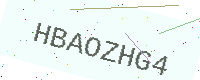
Text: HBAOZHG4